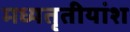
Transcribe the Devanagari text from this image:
मध्यतृतीयांश